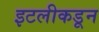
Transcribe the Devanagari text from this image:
इटलीकडून